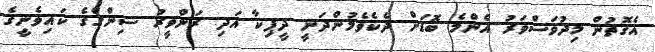
އެގޮތުން މިދުވަސްވަރު އެންމެ ބޮޑަށް ދެކެވެމުންދަނީ ދީޕިކާ އަދި ރަންވީރު ސިންގްގެ ކައިވެނީގެ